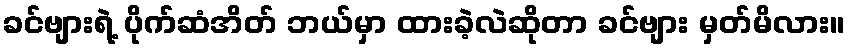
ခင်ဗျားရဲ့ ပိုက်ဆံအိတ် ဘယ်မှာ ထားခဲ့လဲဆိုတာ ခင်ဗျား မှတ်မိလား။